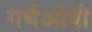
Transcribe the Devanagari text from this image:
गर्भओवी